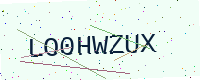
Text: LO0HWZUX